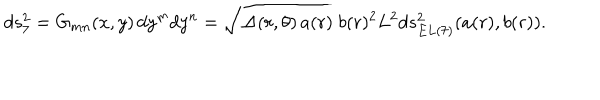
d s _ { 7 } ^ { 2 } = G _ { m n } ( x , y ) \, d y ^ { m } d y ^ { n } = \sqrt { \Delta ( r , \theta ) \, a ( r ) } \; b ( r ) ^ { 2 } L ^ { 2 } d s _ { E L ( 7 ) } ^ { 2 } ( a ( r ) , b ( r ) ) .